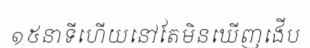
១៥នាទីហើយនៅតែមិនឃើញងើប